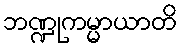
ဘဏ္ဍုကမ္မာယာတိ